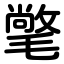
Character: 氅